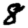
Digit: 8